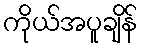
ကိုယ်အပူချိန်